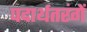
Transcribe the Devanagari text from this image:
पदार्थतरंगें